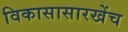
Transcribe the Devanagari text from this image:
विकासासारखेंच